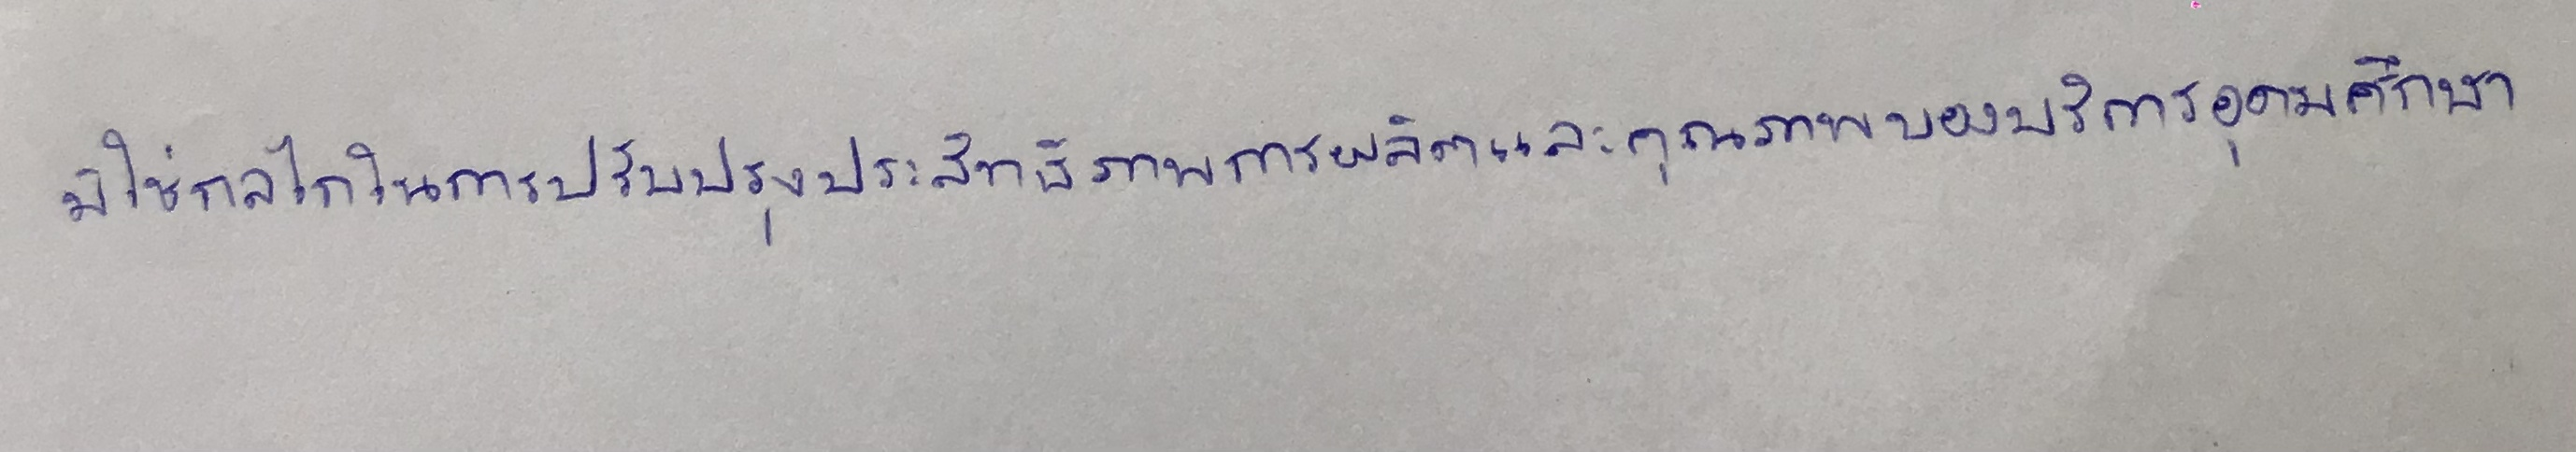
มิใช่กลไกในการปรับปรุงประสิทธิภาพการผลิตและคุณภาพของบริการอุดมศึกษา